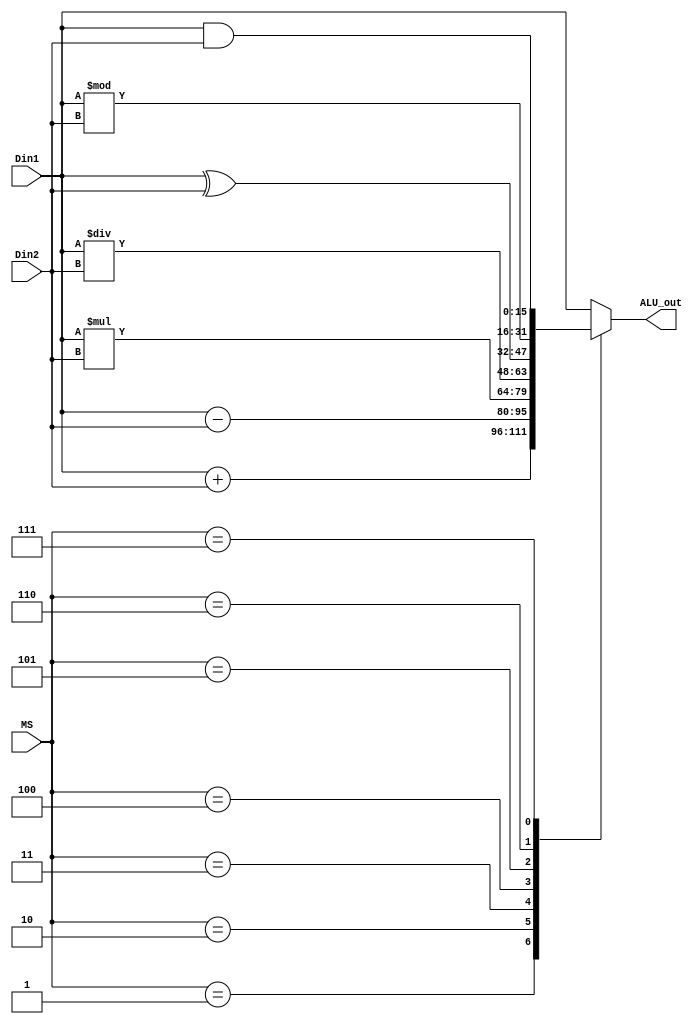
`timescale 1ns / 1ps
//////////////////////////////////////////////////////////////////////////////////

module ALU(Din1, Din2, MS, ALU_out

    );
    input[15:0] Din1, Din2; //in1, in2
    input[2:0] MS;      //8
    output reg[15:0] ALU_out;   //output
    
    always@(Din1, Din2, MS) begin
        case(MS)
            3'b001: ALU_out = Din1 + Din2;  //Add
            3'b010: ALU_out = Din1 - Din2;  //Sub
            3'b011: ALU_out = Din1 * Din2;  //Mul
            3'b100: ALU_out = Din1 / Din2;  //Divid
            3'b101: ALU_out = Din1 ^ Din2;  //XOR
            3'b110: ALU_out = Din1 % Din2;  //Module
            3'b111: ALU_out = Din1 & Din2;  //AND
            default: ALU_out = Din1;
        endcase
    end
    
    
endmodule